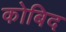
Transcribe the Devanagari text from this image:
कोबिद